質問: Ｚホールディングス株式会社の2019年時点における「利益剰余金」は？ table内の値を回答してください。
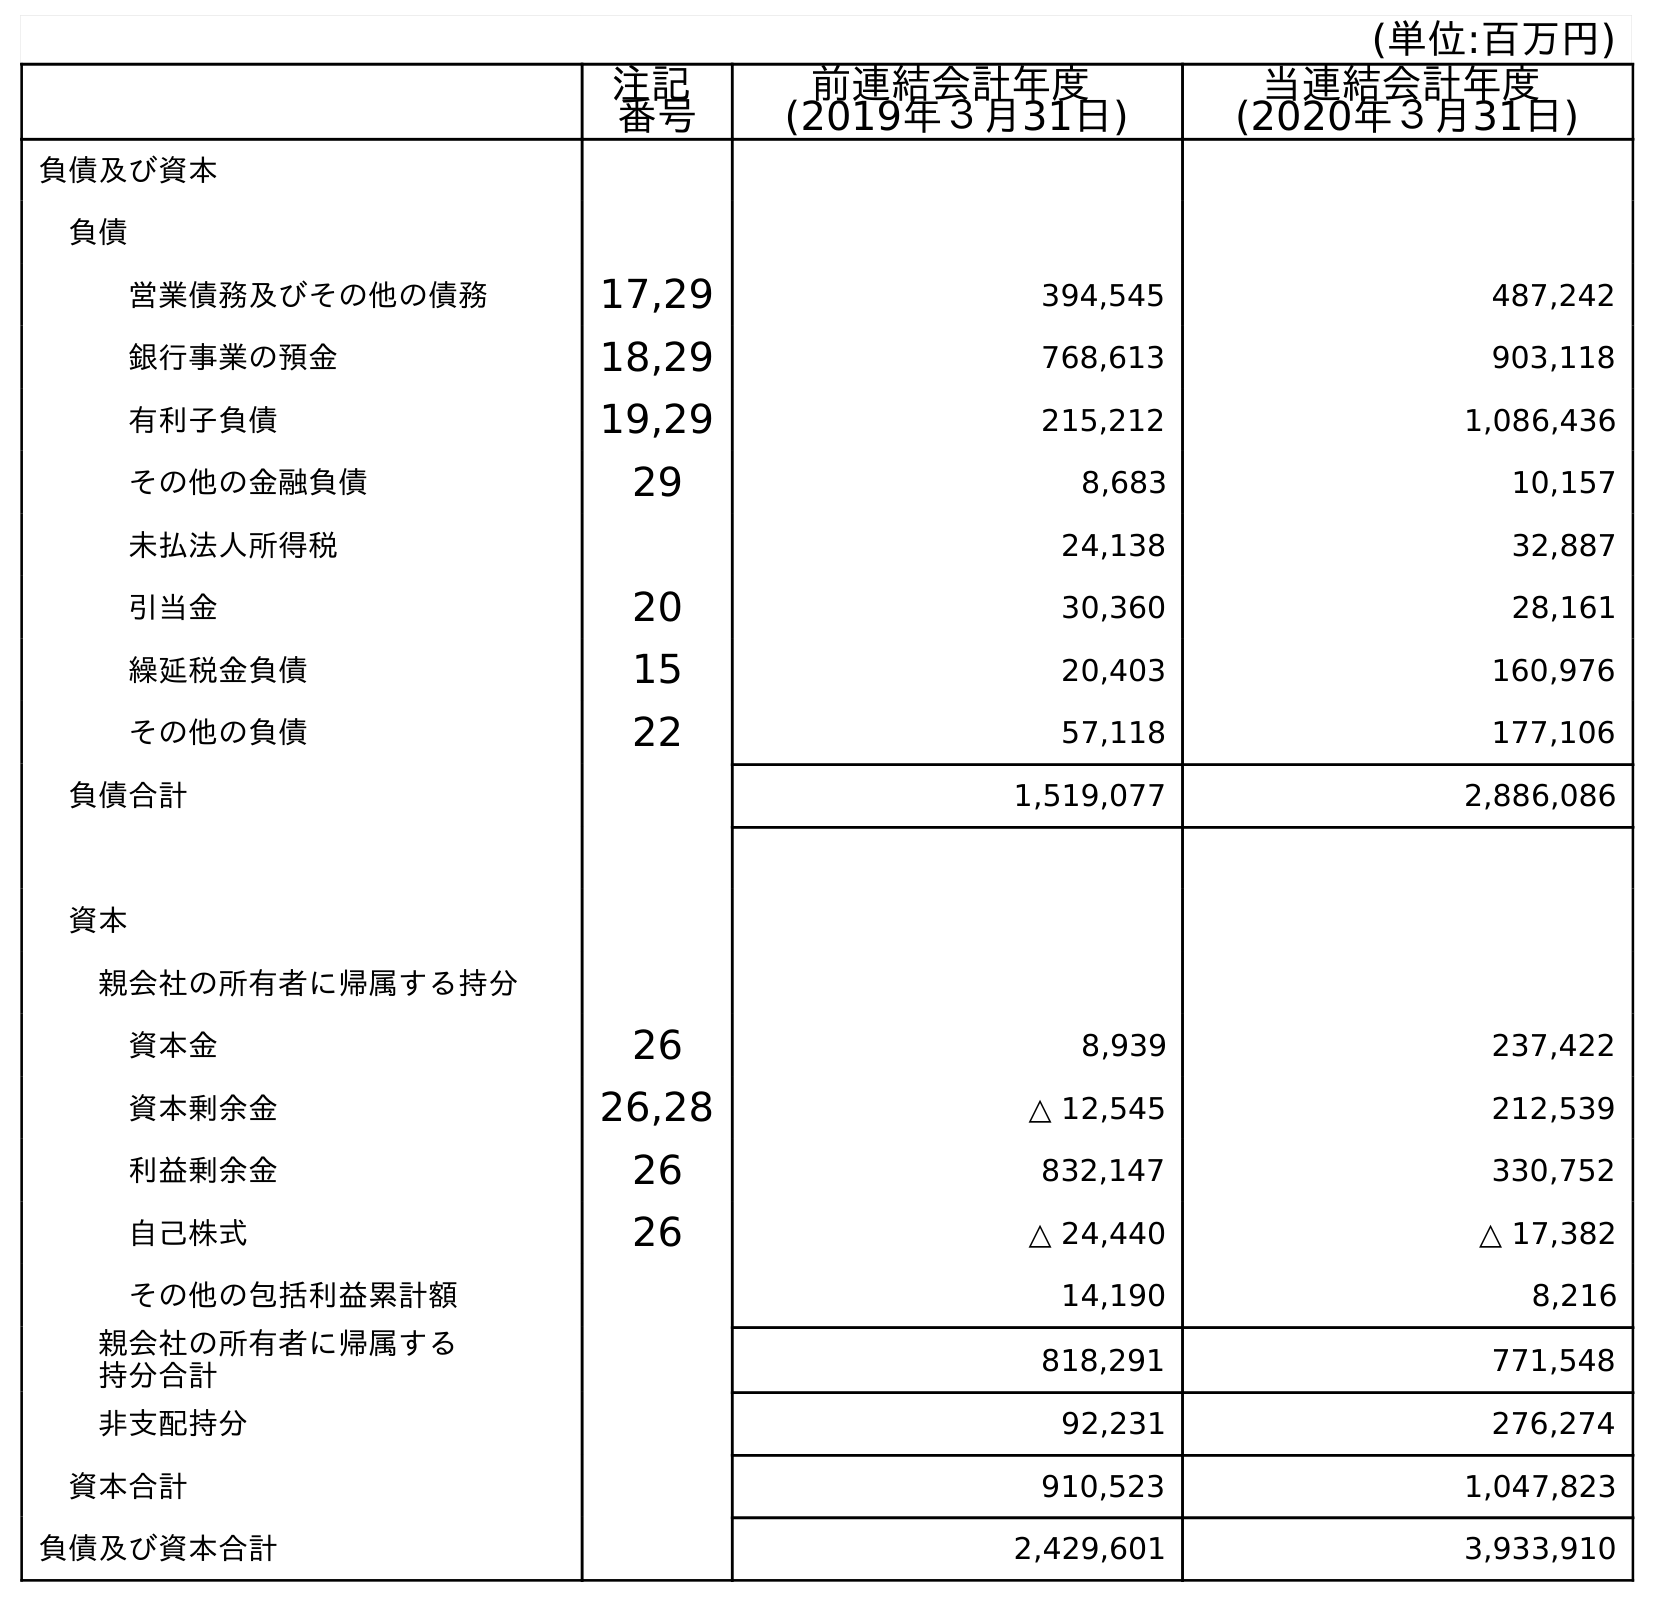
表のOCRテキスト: (単位:百万円) 注記 番号 前連結会計年度 (2019年３月31日) 当連結会計年度 (2020年３月31日) 負債及び資本 負債 営業債務及びその他の債務 17,29 394,545 487,242 銀行事業の預金 18,29 768,613 903,118 有利子負債 19,29 215,212 1,086,436 その他の金融負債 29 8,683 10,157 未払法人所得税 24,138 32,887 引当金 20 30,360 28,161 繰延税金負債 15 20,403 160,976 その他の負債 22 57,118 177,106 負債合計 1,519,077 2,886,086 資本 親会社の所有者に帰属する持分 資本金 26 8,939 237,422 資本剰余金 26,28 △ 12,545 212,539 利益剰余金 26 832,147 330,752 自己株式 26 △ 24,440 △ 17,382 その他の包括利益累計額 14,190 8,216 親会社の所有者に帰属する 持分合計 818,291 771,548 非支配持分 92,231 276,274 資本合計 910,523 1,047,823 負債及び資本合計 2,429,601 3,933,910
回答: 832,147